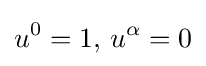
u^{0}=1,\,u^{\alpha }=0